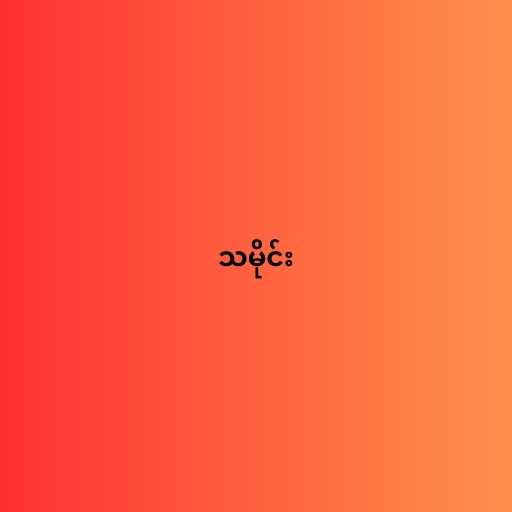
သမိုင်း